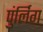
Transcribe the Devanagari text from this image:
पुंर्लिग